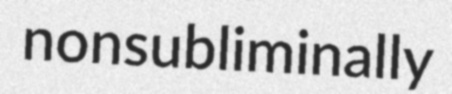
nonsubliminally